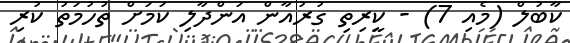
ކާބުލް (މެެއި 7) - ކީރިތި ގުރުއާން އަންދާލި ކަމަށް ތުހުމަތު ކުރި